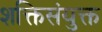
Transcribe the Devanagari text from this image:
शक्तिसंयुक्त